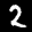
Label: 2